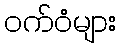
ဝက်ဝံများ